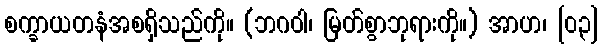
စက္ခာယတနံအစရှိသည်ကို။ (ဘဂဝါ၊ မြတ်စွာဘုရားကို။) အာဟ၊ [၀၃]